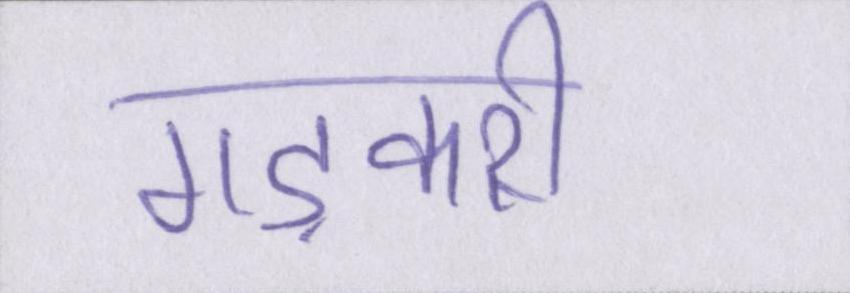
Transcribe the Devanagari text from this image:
गड़करी